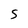
Character: S